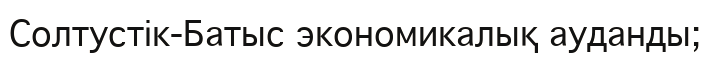
Солтустік-Батыс экономикалық ауданды;